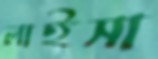
লাইসা